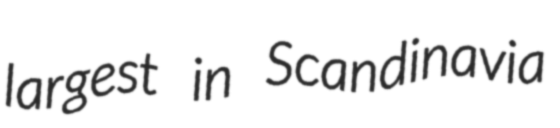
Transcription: largest in Scandinavia